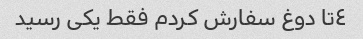
٤تا دوغ سفارش کردم فقط یکى رسید